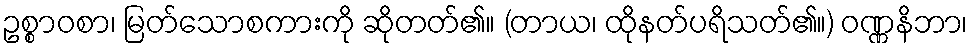
ဥစ္စာဝစာ၊ မြတ်သောစကားကို ဆိုတတ်၏။ (တာယ၊ ထိုနတ်ပရိသတ်၏။) ဝဏ္ဏနိဘာ၊